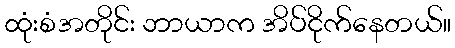
ထုံးစံအတိုင်း ဘာယာက အိပ်ငိုက်နေတယ်။